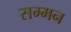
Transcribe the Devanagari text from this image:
सम्‍मन